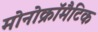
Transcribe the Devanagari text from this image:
मोनोक्रॉमैटिक